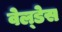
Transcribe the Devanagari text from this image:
वेल्‍डेस